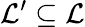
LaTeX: \mathcal{L}^{\prime}\subseteq\mathcal{L}